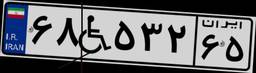
۶۸W۵۳۲۶۵